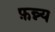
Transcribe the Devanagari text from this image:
फ़न्न्य